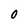
Character: 0